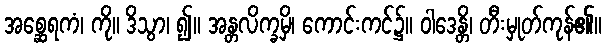
အစ္ဆေရကံ၊ ကို။ ဒိသွာ၊ ၍။ အန္တလိက္ခမှိ၊ ကောင်းကင်၌။ ဝါဒေန္တိ၊ တီးမှုတ်ကုန်၏။